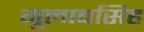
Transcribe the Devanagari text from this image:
गूलाबसिह